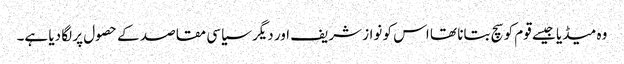
وہ میڈیا جیسے قوم کو سچ بتانا تھا اس کو نواز شریف اور دیگر سیاسی مقاصد کے حصول پر لگا دیا ہے۔